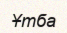
Ұтба